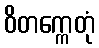
ဝိတက္ကေတုံ